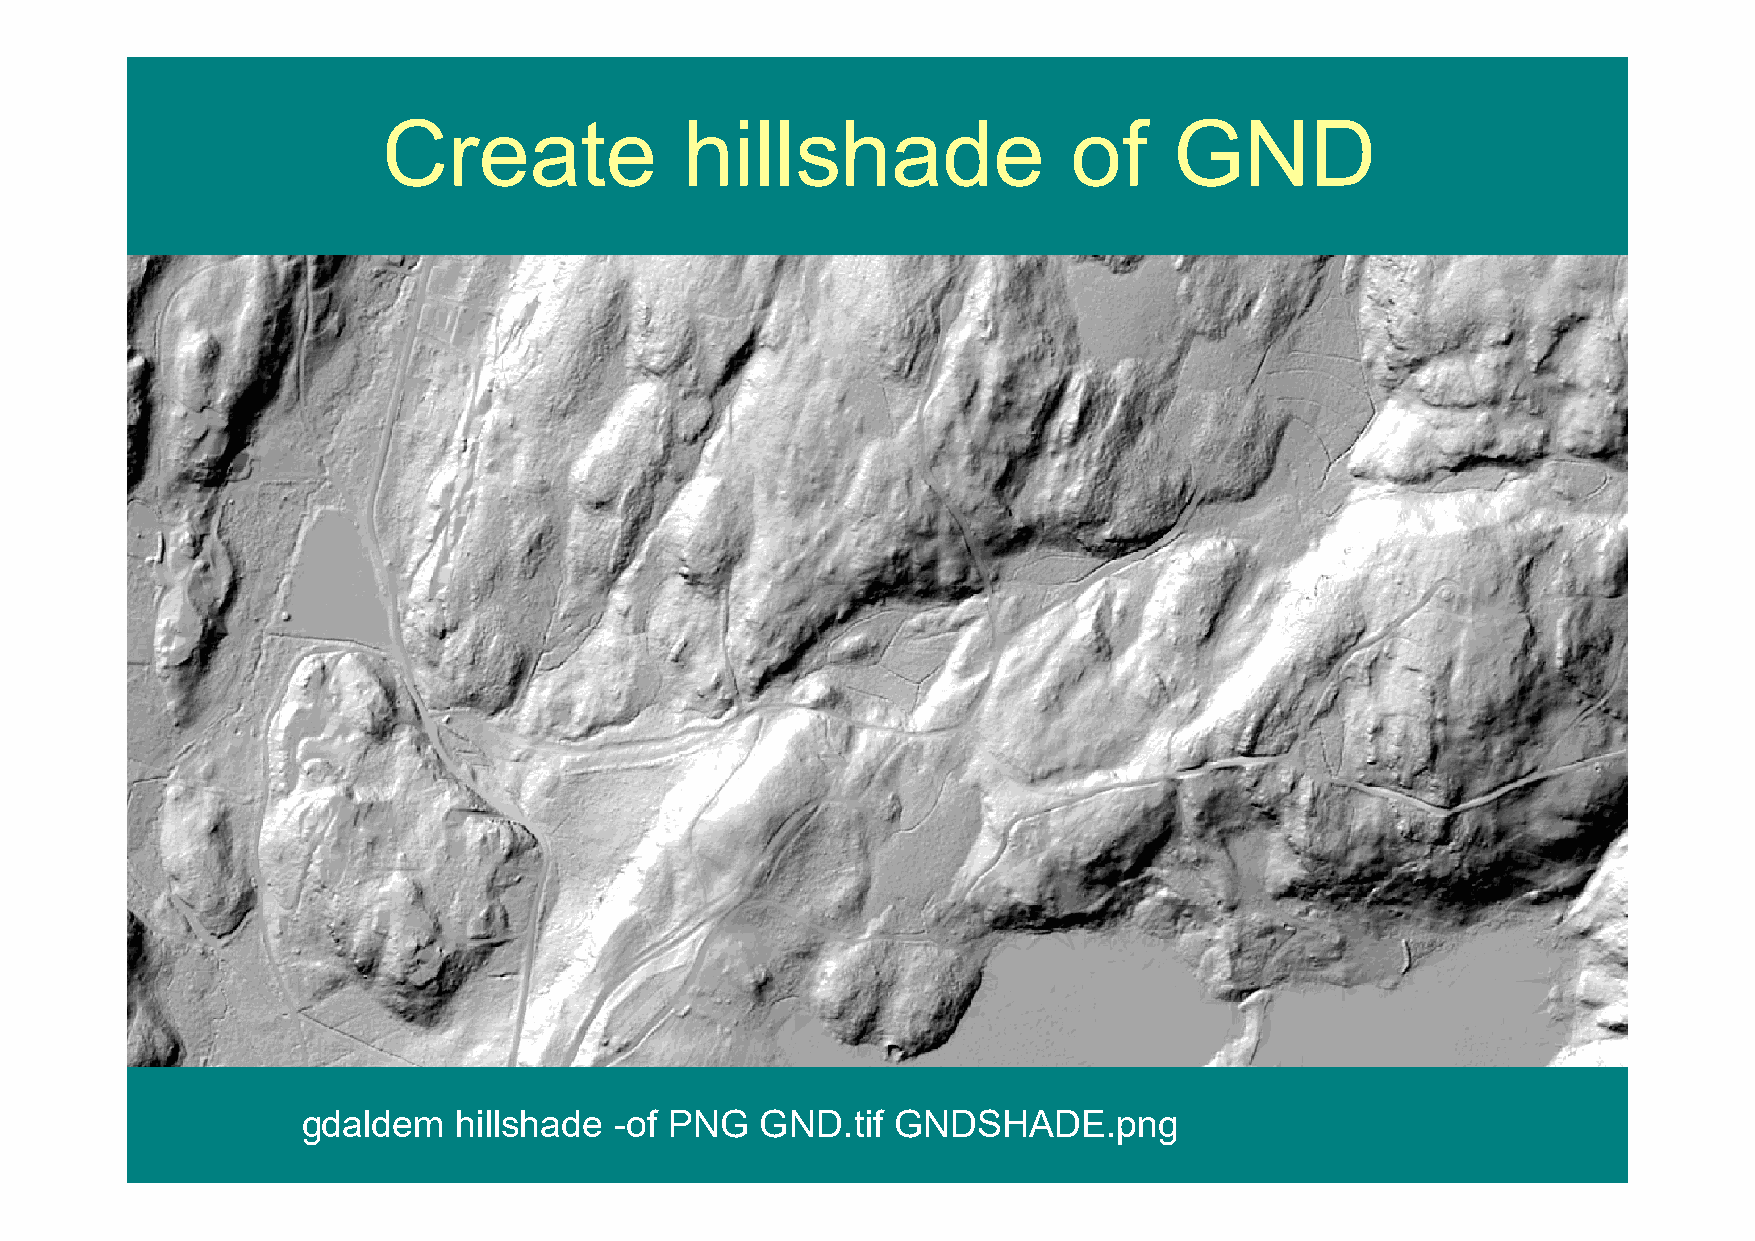
Create              hillshade                 of     GND
 gdaldem   hillshade  -of PNG  GND.tif  GNDSHADE.png